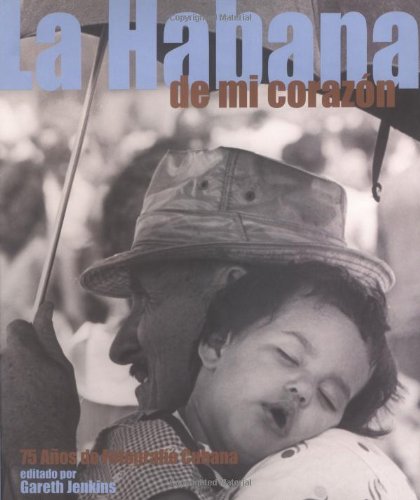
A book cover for La Habana en mi corazon: 75 anos de fotografia Cubana; Gareth Jenkins; Arts & Photography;